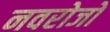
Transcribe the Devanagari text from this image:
नवरोजों